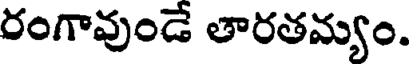
రంగావుండే తారతమ్యం.